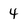
Character: 4